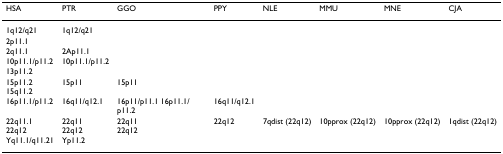
| HSA | PTR | GGO | PPY | NLE | MMU | MNE | CJA |
 | --- | --- | --- | --- | --- | --- | --- | --- |
 | 1q12/q21 | 1q12/q21 |  |  |  |  |  |  |
 | 2p11.1 |  |  |  |  |  |  |  |
 | 2q11.1 | 2Ap11.1 |  |  |  |  |  |  |
 | 10p11.1/p11.2 | 10p11.1/p11.2 |  |  |  |  |  |  |
 | 13p11.2 |  |  |  |  |  |  |  |
 | 15p11.215q11.2 | 15p11 | 15p11 |  |  |  |  |  |
 | 16p11.1/p11.2 | 16q11/q12.1 | 16p11/p11.1 16p11.1/p11.2 | 16q11/q12.1 |  |  |  |  |
 | 22q11.122q12 | 22q1122q12 | 22q1122q12 | 22q12 | 7qdist (22q12) | 10pprox (22q12) | 10pprox (22q12) | 1qdist (22q12) |
 | Yq11.1/q11.21 | Yp11.2 |  |  |  |  |  |  |